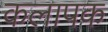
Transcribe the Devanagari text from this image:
कलापक